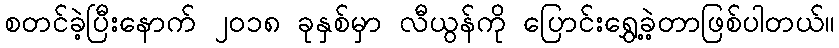
စတင်ခဲ့ပြီးနောက် ၂၀၁၈ ခုနှစ်မှာ လီယွန်ကို ပြောင်းရွှေ့ခဲ့တာဖြစ်ပါတယ်။